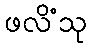
ဖလိံသု